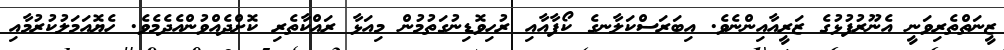
ޒީނަތްތެރިވަނީ އެނޫރުފުޅުގެ ޒަރީއާއިންނެވެ. އިބަރަސްކަލާނގެ ކޯފާއާއި ރުހިވޮޑިނުގަތުމުން މިއަޅާ ރައްކާތެރި ކޮށްދެއްވުންއެދެމެވެ. ހެޔޮއަމަލުކުރުމާއި